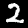
Label: 2